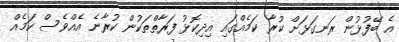
އެ ބޭފުޅުން ރަނގަޅަށް ކުރާ ކަމެއްގައި އިދިކޮޅު ފަރާތްތަކުން ކުރާނެ އެއްވެސް ކަމެއް